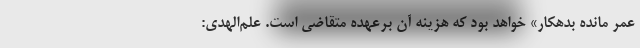
عمر مانده بدهکار» خواهد بود که هزینه آن برعهده متقاضی است. علم‌الهدی: